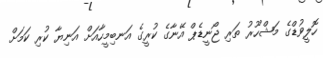
ހޮލީވުޑްގެ މަޝްހޫރު ތަރި ޖޯނީޑެޕް އޭނާގެ ކުރީގެ އަނބިމީހާއަށް އަނިޔާ ކުރި ކަމަށް